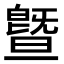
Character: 曁